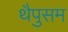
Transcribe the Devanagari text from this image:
थैपुसम